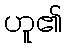
ဟူ၏